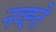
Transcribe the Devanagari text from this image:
नव्ह्ते